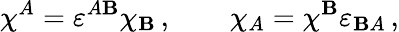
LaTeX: \chi^{A}=\varepsilon^{A\mathbf{B}}\chi_{\mathbf{B}}\, ,\qquad\chi_{A}=\chi^{\mathbf{B}}\varepsilon_{\mathbf{B}A}\, ,